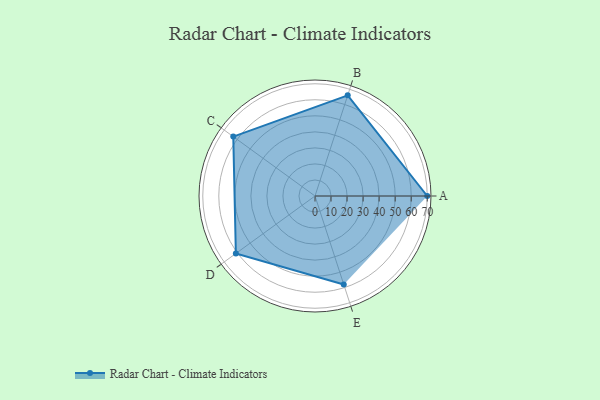
{"axis": {"x": "Skill", "y": "Score"}, "legend": ["Profile"], "data": [{"x": "A", "y": 70.0, "type": "Profile"}, {"x": "B", "y": 66.0, "type": "Profile"}, {"x": "C", "y": 63.0, "type": "Profile"}, {"x": "D", "y": 61.0, "type": "Profile"}, {"x": "E", "y": 58.0, "type": "Profile"}]}